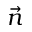
\vec { n }